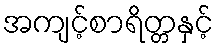
အကျင့်စာရိတ္တနှင့်